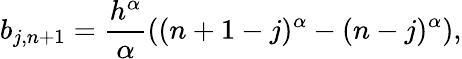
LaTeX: b_{j,n+1}=\frac{h^{\alpha}}{\alpha}((n+1-j)^{\alpha}-(n-j)^{\alpha}),